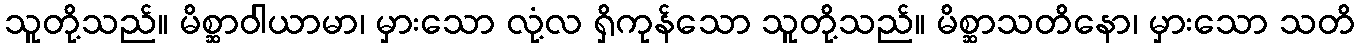
သူတို့သည်။ မိစ္ဆာဝါယာမာ၊ မှားသော လုံ့လ ရှိကုန်သော သူတို့သည်။ မိစ္ဆာသတိနော၊ မှားသော သတိ